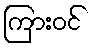
ကြားဝင်